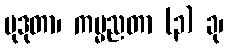
မုဒုတာ၊ ကမ္မညတာ (၃) ခု၊